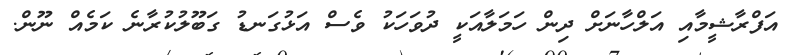
އަފްރާޝީމާއި އަލްހާނަށް ދިން ހަމަލާއަކީ ދުވަހަކު ވެސް އަޅުގަނޑު ގަބޫލުކުރާނެ ކަމެއް ނޫން.